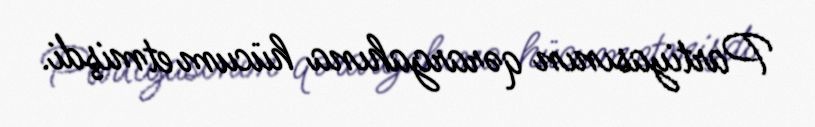
Partiyasının qərargahına hücum etmişdi.